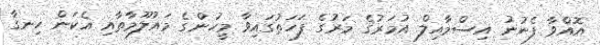
އޮއްވާ ފެނުނު އިސްމާއިލް އުމަރުގެ މަރުގެ ފަހަތުގައިވާ މީހުންގެ މައުލޫމާތާއި އެކަން ހިނގާ